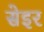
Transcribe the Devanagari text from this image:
सेइर